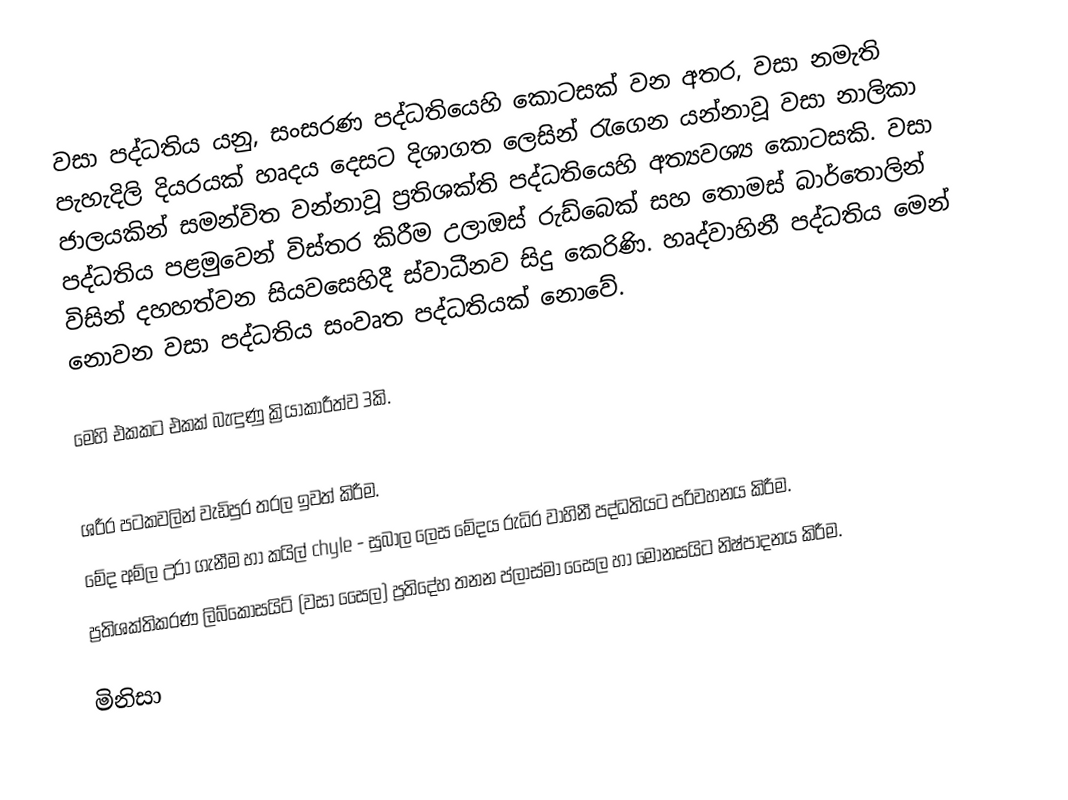
වසා පද්ධතිය යනු,  සංසරණ පද්ධතියෙහි කොටසක් වන අතර, වසා නමැති පැහැදිලි දියරයක් හෘදය දෙසට දිශාගත ලෙසින් රැගෙන යන්නාවූ වසා නාලිකා ජාලයකින් සමන්විත වන්නාවූ ප්‍රතිශක්ති පද්ධතියෙහි අත්‍යවශ්‍ය කොටසකි. වසා පද්ධතිය පළමුවෙන් විස්තර කිරීම  උලාඔස් රුඩ්බෙක් සහ තොමස් බාර්තොලින් විසින් දහහත්වන සියවසෙහිදී ස්වාධීනව සිදු කෙරිණි. හෘද්වාහිනී පද්ධතිය මෙන් නොවන වසා පද්ධතිය සංවෘත පද්ධතියක් නොවේ.

මෙහි එකකට එකක් බැඳුණු ක්‍රියාකාරීත්ව 3කි.

 ශරීර පටකවලින් වැඩිපුර තරල ඉවත් කිරීම.
	මේද අම්ල උරා ගැනීම හා කයිල් chyle - සුබාල ලෙස මේදය රුධිර වාහිනී පද්ධතියට පරිවහනය කිරීම.
	ප්‍රතිශක්තිකරණ ලිබ්කෝසයිට් (වසා සෛල) ප්‍රතිදේහ තනන ප්ලාස්මා සෛල හා මොනසයිට නිෂ්පාදනය කිරීම.

මිනිසා